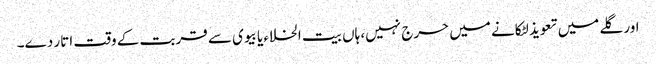
اور گلے میں تعویذ لٹکانے میں حرج نہیں، ہاں بیت الخلاء یا بیوی سے قربت کے وقت اتار دے۔